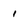
Character: 1